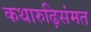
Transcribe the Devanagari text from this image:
कथारुढ़िसंमत